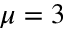
\mu = 3